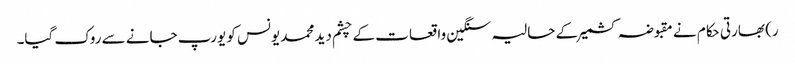
ر) بھارتی حکام نے مقبوضہ کشمیرکے حالیہ سنگین واقعات کے چشم دید محمد یونس کو یورپ جانے سے روک گیا۔